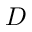
D